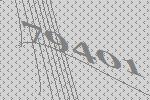
79401